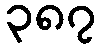
၃၈၇